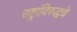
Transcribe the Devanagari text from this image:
राष्ट्रांविरुद्धचे